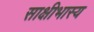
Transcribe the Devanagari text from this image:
साक्षीभास्य